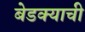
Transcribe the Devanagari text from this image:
बेडक्याची